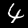
Digit: 4